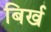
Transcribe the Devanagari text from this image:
बिर्ख